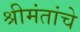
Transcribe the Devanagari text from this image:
श्रीमंतांचे